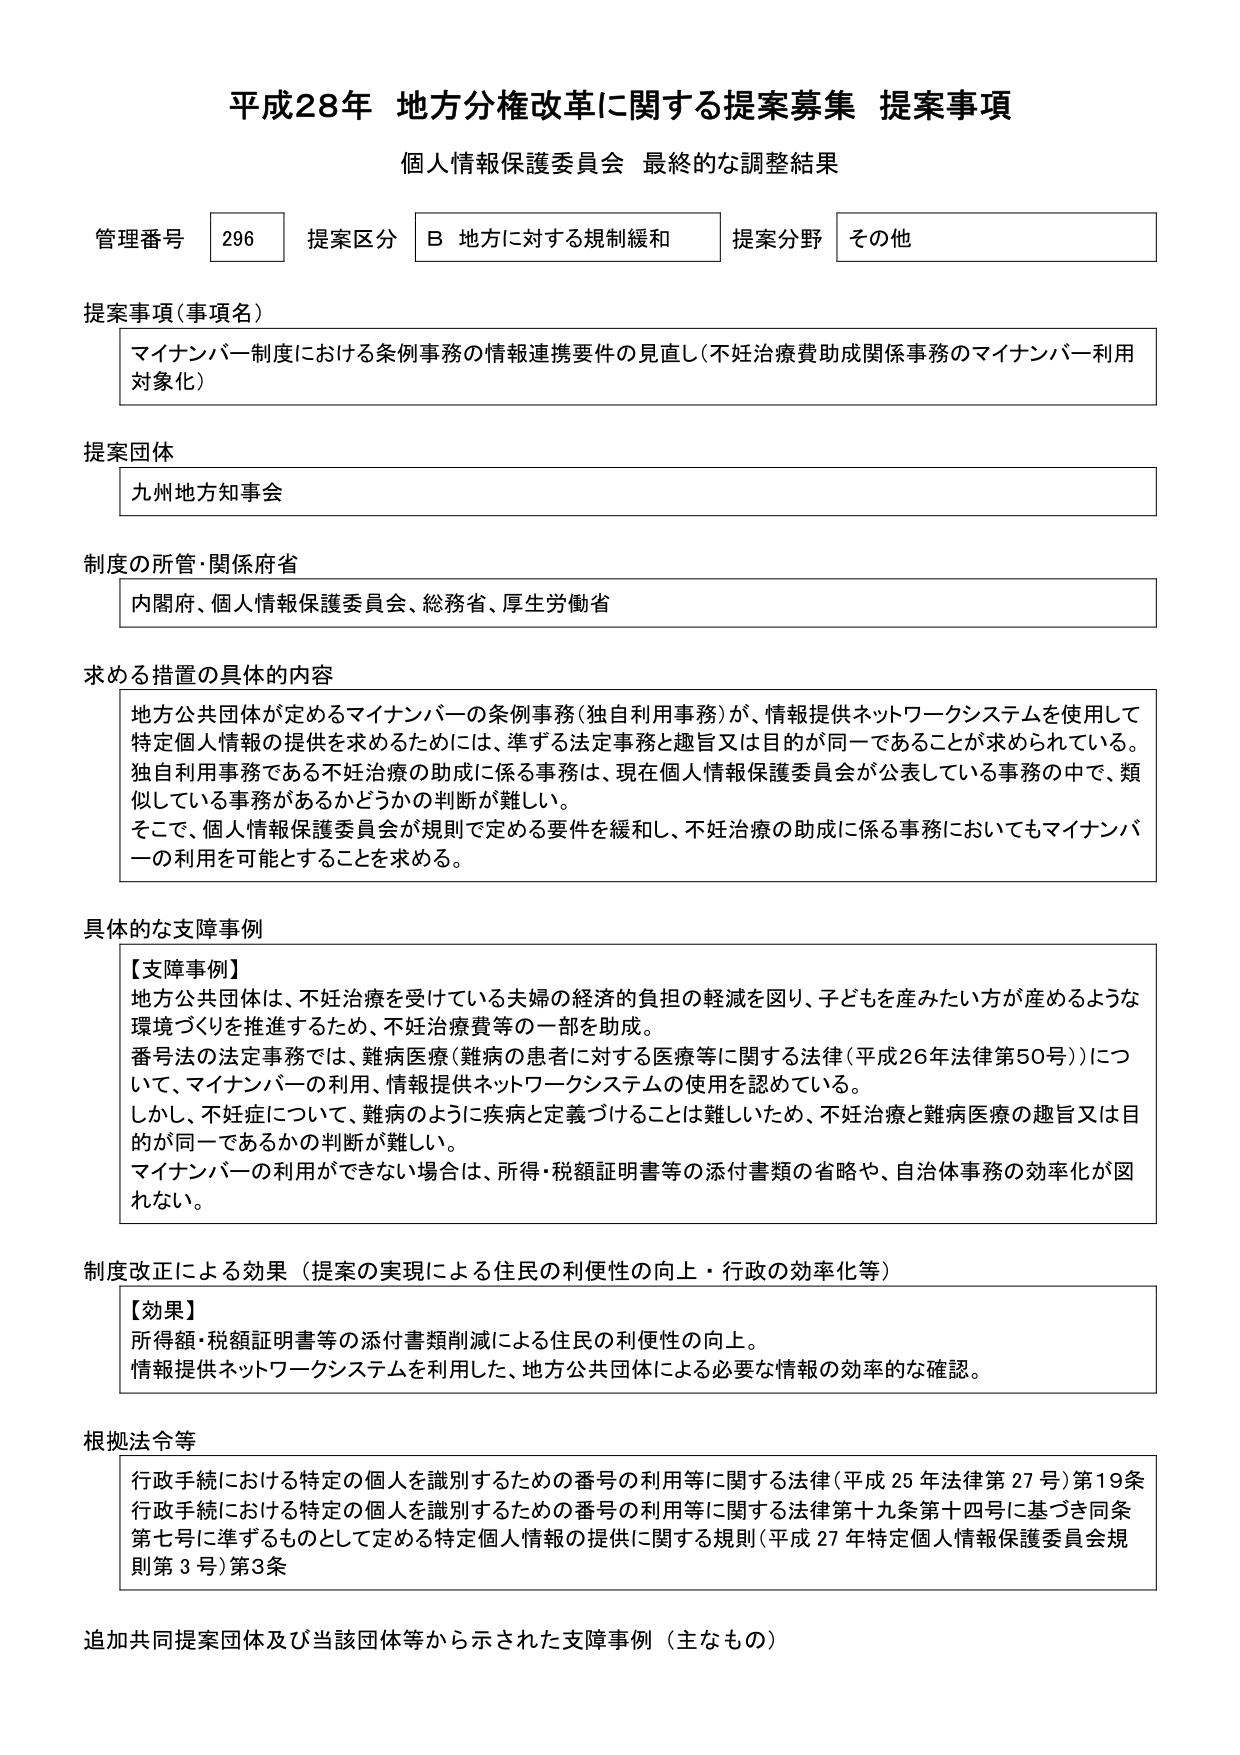
平成28年 地方分権改革に関する提案募集 提案事項
個人情報保護委員会 最終的な調整結果

管理番号 296 提案区分 B 地方に対する規制緩和 提案分野 その他

提案事項（事項名）
マイナンバー制度における条例事務の情報連携要件の見直し（不妊治療費助成関係事務のマイナンバー利用対象化）

提案団体
九州地方知事会

制度の所管・関係府省
内閣府、個人情報保護委員会、総務省、厚生労働省

求める措置の具体的内容
地方公共団体が定めるマイナンバーの条例事務（独自利用事務）が、情報提供ネットワークシステムを使用して特定個人情報の提供を求めるためには、準ずる法定事務と趣旨又は目的が同一であることが求められている。独自利用事務である不妊治療の助成に係る事務は、現在個人情報保護委員会が公表している事務の中で、類似している事務があるかどうかの判断が難しい。
そこで、個人情報保護委員会が規則で定める要件を緩和し、不妊治療の助成に係る事務においてもマイナンバーの利用を可能とすることを求める。

具体的な支障事例
【支障事例】
地方公共団体は、不妊治療を受けている夫婦の経済的負担の軽減を図り、子どもを産みたい方が産めるような環境づくりを推進するために、不妊治療費等の一部を助成。
番号法の法定事務では、難病医療（難病の患者に対する医療等に関する法律（平成26年法律第50号））について、マイナンバーの利用、情報提供ネットワークシステムの使用を認めている。
しかし、不妊症について、難病のように疾病と定義づけることは難しいため、不妊治療と難病医療の趣旨又は目的が同一であるかの判断が難しい。
マイナンバーの利用ができない場合は、所得・税額証明書等の添付書類の省略や、自治体事務の効率化が図れない。

制度改正による効果（提案の実現による住民の利便性の向上・行政の効率化等）
【効果】
所得額・税額証明書等の添付書類削減による住民の利便性の向上。
情報提供ネットワークシステムを利用した、地方公共団体による必要な情報の効率的な確認。

根拠法令等
行政手続における特定の個人を識別するための番号の利用等に関する法律（平成25年法律第27号）第19条
行政手続における特定の個人を識別するための番号の利用等に関する法律第十九条第十四号に基づき同条第七号に準ずるものとして定める特定個人情報の提供に関する規則（平成27年特定個人情報保護委員会規則第3号）第3条

追加共同提案団体及び当該団体等から示された支障事例（主なもの）